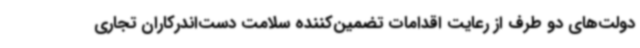
دولت‌های دو طرف از رعایت اقدامات تضمین‌کننده سلامت دست‌اندرکاران تجاری